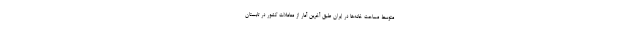
متوسط مساحت خانه‌ها در ایران طبق آخرین آمار از معاملات کشور در تابستان